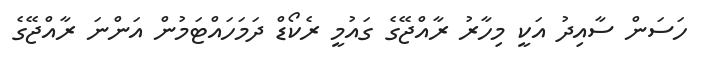
ހަސަން ސާއިދު އަކީ މިހާރު ރާއްޖޭގެ ގައުމީ ރެކޯޑް ދަމަހައްޓަމުން އަންނަ ރާއްޖޭގެ